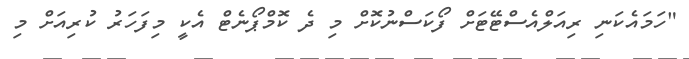
"ހަމައެކަނި ރިއަލްއެސްޓޭޓަށް ފޯކަސްނުކޮށް މި ދެ ކޮމްޕޯނެޓް އެކީ މިފަހަރު ކުރިއަށް މި